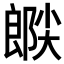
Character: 𫵉